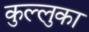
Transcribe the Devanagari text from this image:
कुल्लुका